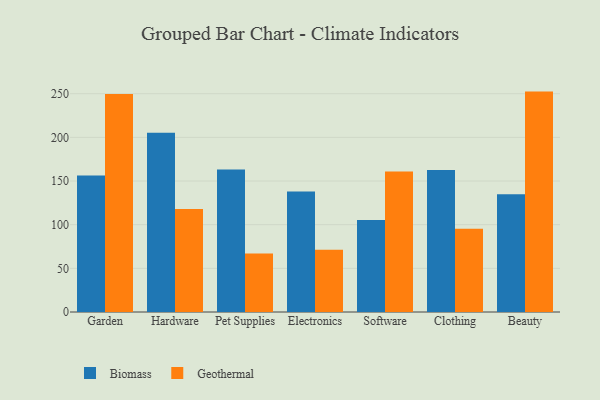
{"axis": {"x": "Category", "y": "Headcount"}, "legend": ["Biomass", "Geothermal"], "data": [{"x": "Garden", "y": 156.3, "type": "Biomass"}, {"x": "Garden", "y": 249.7, "type": "Geothermal"}, {"x": "Hardware", "y": 205.4, "type": "Biomass"}, {"x": "Hardware", "y": 118.0, "type": "Geothermal"}, {"x": "Pet Supplies", "y": 163.3, "type": "Biomass"}, {"x": "Pet Supplies", "y": 67.1, "type": "Geothermal"}, {"x": "Electronics", "y": 137.9, "type": "Biomass"}, {"x": "Electronics", "y": 71.3, "type": "Geothermal"}, {"x": "Software", "y": 105.4, "type": "Biomass"}, {"x": "Software", "y": 160.9, "type": "Geothermal"}, {"x": "Clothing", "y": 162.6, "type": "Biomass"}, {"x": "Clothing", "y": 95.4, "type": "Geothermal"}, {"x": "Beauty", "y": 134.9, "type": "Biomass"}, {"x": "Beauty", "y": 252.4, "type": "Geothermal"}]}